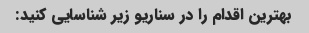
بهترین اقدام را در سناریو زیر شناسایی کنید: